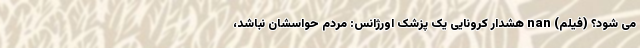
می شود؟ (فیلم) nan هشدار کرونایی یک پزشک اورژانس: مردم حواسشان نباشد،